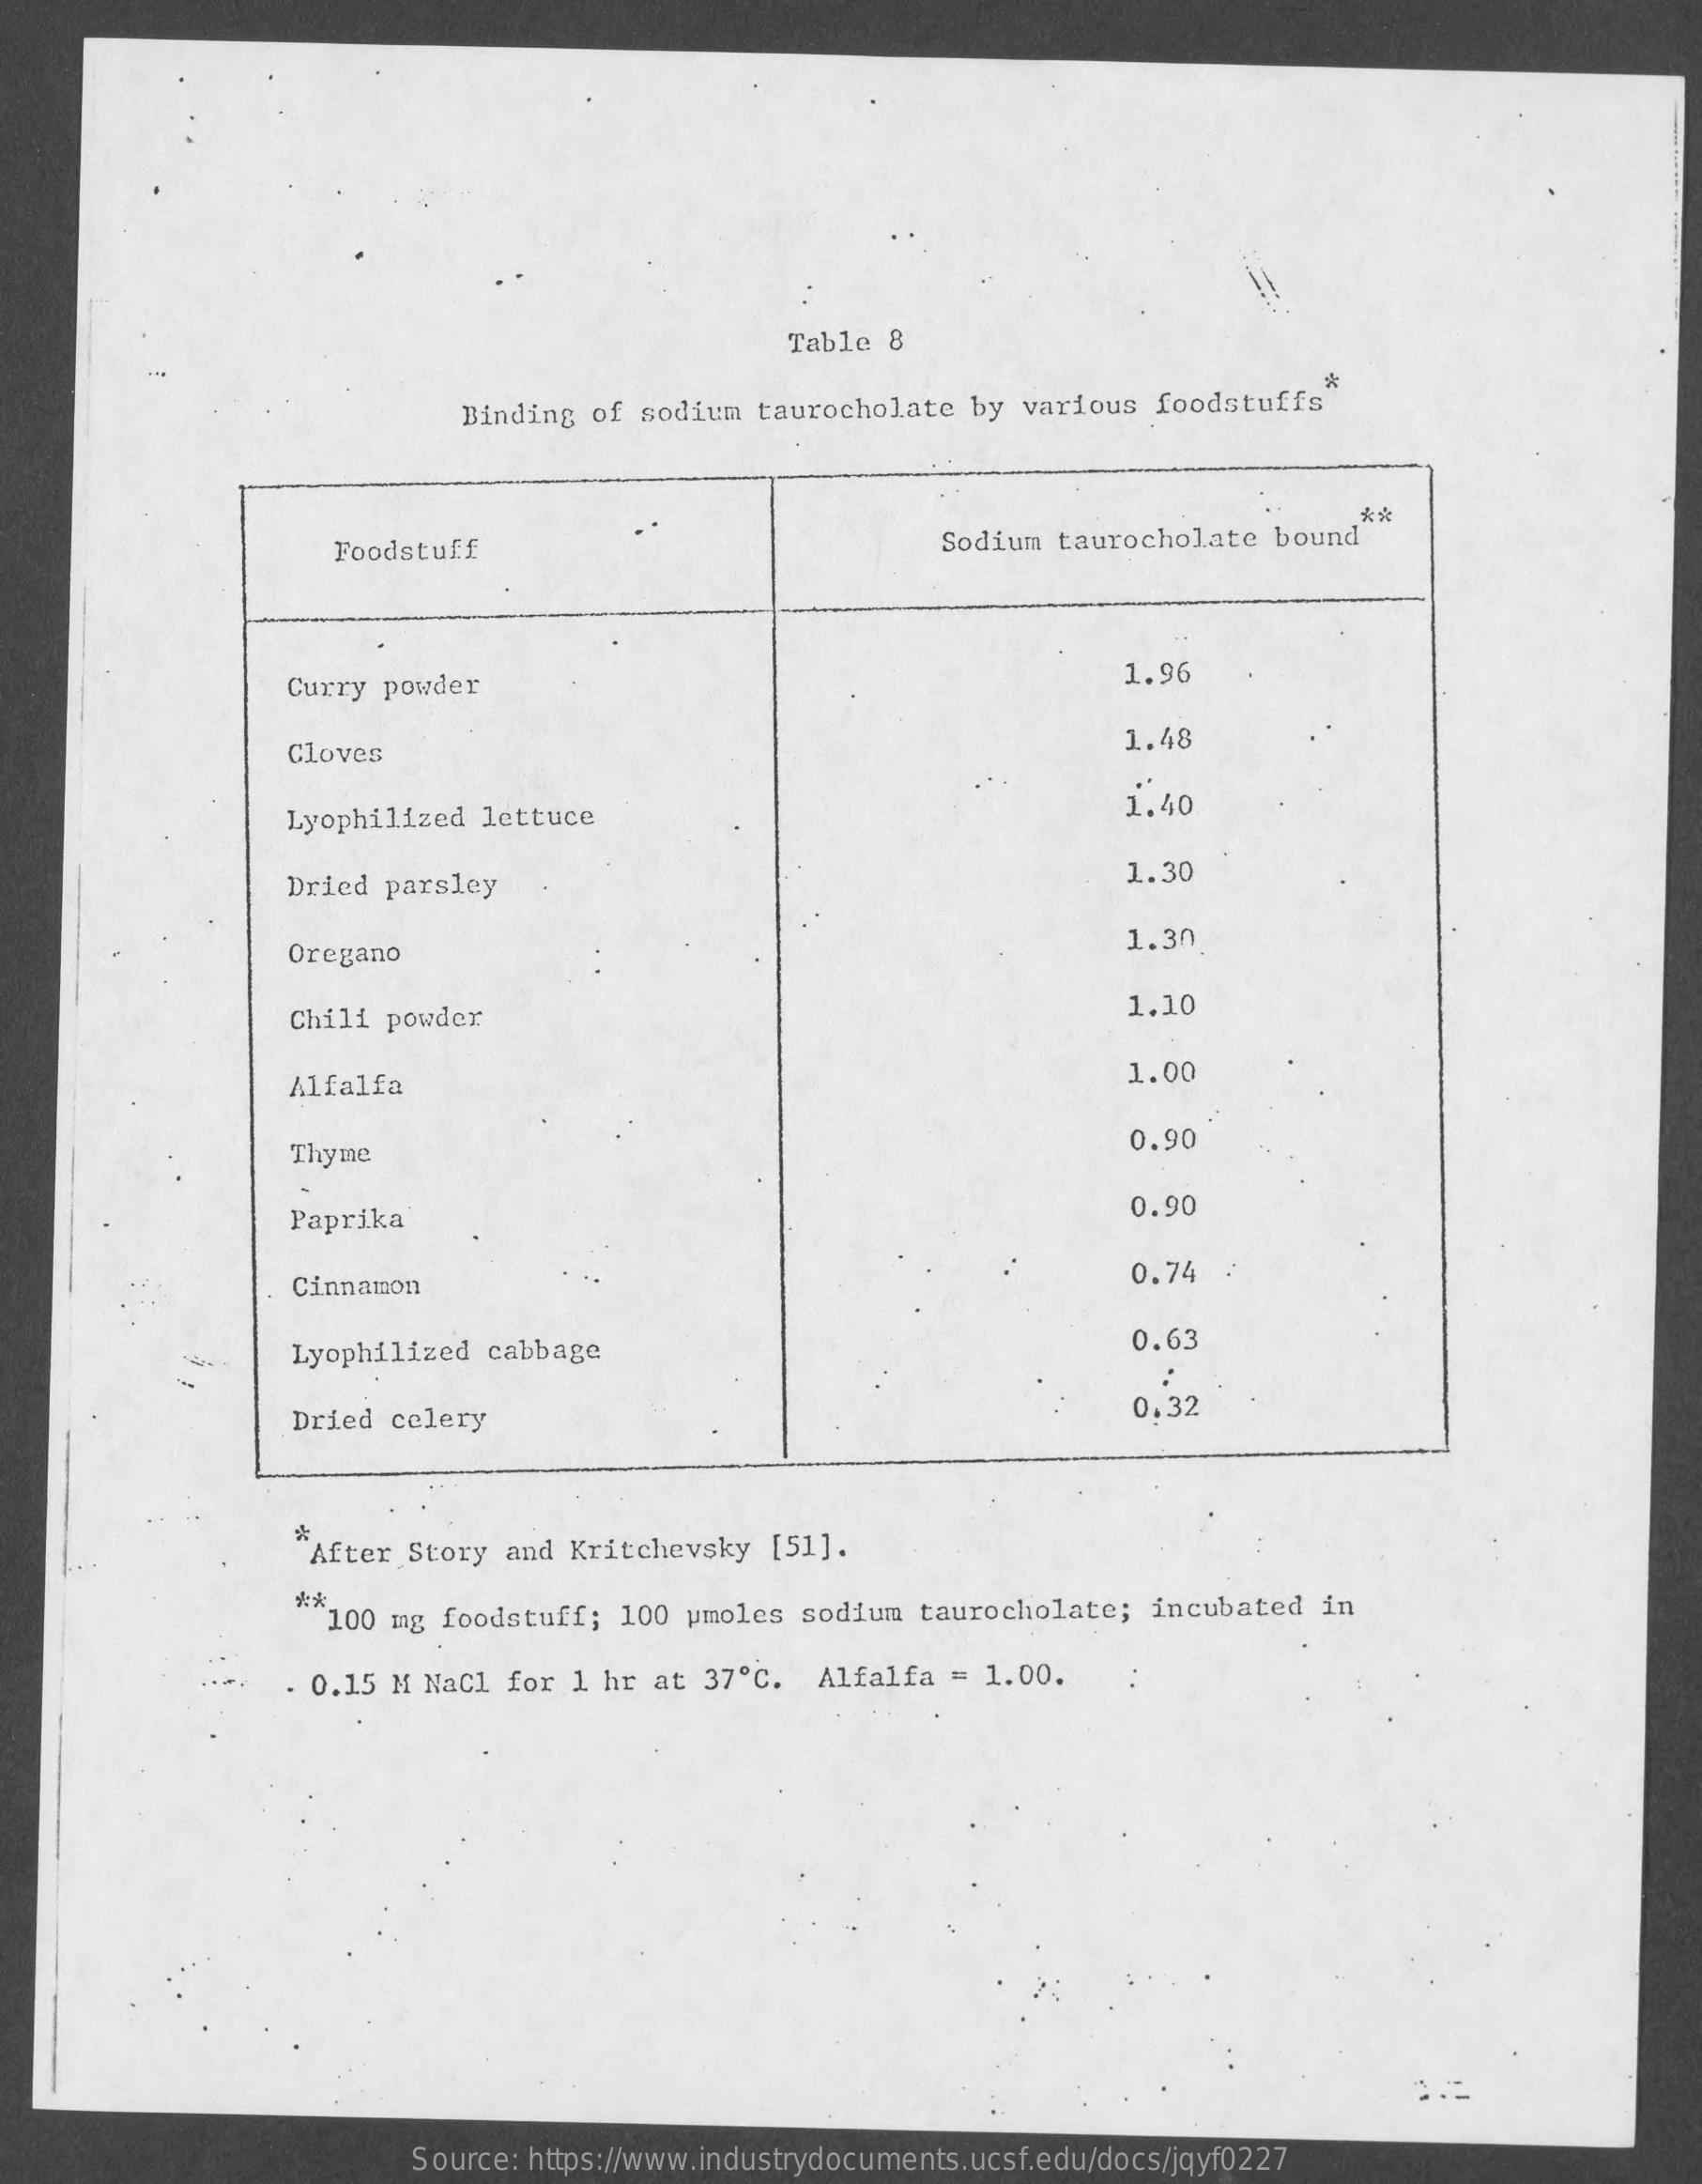
Table  8
     Binding  of sodium  taurocholate  by  various  foodstuffs
     *
     Foodstuff    Sodium taurocholate   bound
     **
     Curry powder
     1.96
     Cloves    1.48
     Lyophilized lettuce    1.40
     Dried parsley
     1.30
     Oregano
     1.30
     Chili powder
     1.10
     Alfalfa    1.00
     Thyme
     0.90
     Paprika    0.90
     Cinnamon
     0.74
     Lyophilized  cabbage    0.63
     Dried celery    0.32
     After Story  and Kritchevsky   [51].
     **
     100 mg  foodstuff;  100 umoles  sodium  taurocholate;   incubated  in
     . 0.15 M NaCl  for 1 hr  at 37  ℃ . Alfalfa  = 1.00.
     Source: https://www.industrydocuments.ucsf.edu/docs/jqyf0227